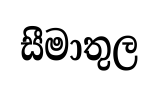
සීමාතුල